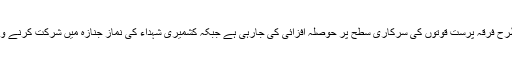
انہوںنے کہا کہ بھارتی قابض انتظامیہ اور فورسز یہ دوہرامعیار دنیا کے سامنے عیاں ہے کہ کس طرح فرقہ پرست قوتوں کی سرکاری سطح پر حوصلہ افزائی کی جارہی ہے جبکہ کشمیری شہداء کی نماز جنازہ میں شرکت کرنے والوں اور نماز جنازہ پڑھانے والوں کے خلاف مقدمات درج کرکے اُنہیںجیلوںمیں منتقل کیا جارہا ہے۔